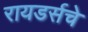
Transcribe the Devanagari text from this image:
रायडर्सचे